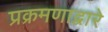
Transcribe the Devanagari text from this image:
प्रक्रमणाद्वारे